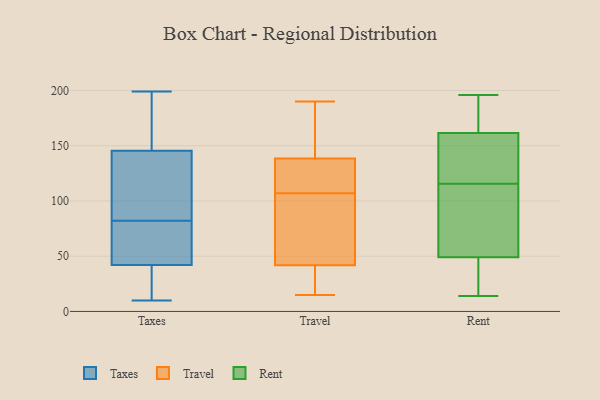
{"axis": {"x": "Backlog", "y": "Value"}, "legend": ["Rent", "Taxes", "Travel"], "data": [{"x": "", "y": 59, "type": "Taxes"}, {"x": "", "y": 148, "type": "Taxes"}, {"x": "", "y": 12, "type": "Taxes"}, {"x": "", "y": 40, "type": "Taxes"}, {"x": "", "y": 78, "type": "Taxes"}, {"x": "", "y": 44, "type": "Taxes"}, {"x": "", "y": 177, "type": "Taxes"}, {"x": "", "y": 143, "type": "Taxes"}, {"x": "", "y": 35, "type": "Taxes"}, {"x": "", "y": 34, "type": "Taxes"}, {"x": "", "y": 54, "type": "Taxes"}, {"x": "", "y": 93, "type": "Taxes"}, {"x": "", "y": 199, "type": "Taxes"}, {"x": "", "y": 86, "type": "Taxes"}, {"x": "", "y": 10, "type": "Taxes"}, {"x": "", "y": 75, "type": "Taxes"}, {"x": "", "y": 139, "type": "Taxes"}, {"x": "", "y": 166, "type": "Taxes"}, {"x": "", "y": 128, "type": "Taxes"}, {"x": "", "y": 161, "type": "Taxes"}, {"x": "", "y": 143, "type": "Travel"}, {"x": "", "y": 180, "type": "Travel"}, {"x": "", "y": 35, "type": "Travel"}, {"x": "", "y": 44, "type": "Travel"}, {"x": "", "y": 107, "type": "Travel"}, {"x": "", "y": 32, "type": "Travel"}, {"x": "", "y": 67, "type": "Travel"}, {"x": "", "y": 163, "type": "Travel"}, {"x": "", "y": 108, "type": "Travel"}, {"x": "", "y": 190, "type": "Travel"}, {"x": "", "y": 119, "type": "Travel"}, {"x": "", "y": 44, "type": "Travel"}, {"x": "", "y": 15, "type": "Travel"}, {"x": "", "y": 31, "type": "Travel"}, {"x": "", "y": 69, "type": "Travel"}, {"x": "", "y": 114, "type": "Travel"}, {"x": "", "y": 137, "type": "Travel"}, {"x": "", "y": 38, "type": "Rent"}, {"x": "", "y": 25, "type": "Rent"}, {"x": "", "y": 14, "type": "Rent"}, {"x": "", "y": 113, "type": "Rent"}, {"x": "", "y": 144, "type": "Rent"}, {"x": "", "y": 75, "type": "Rent"}, {"x": "", "y": 188, "type": "Rent"}, {"x": "", "y": 47, "type": "Rent"}, {"x": "", "y": 170, "type": "Rent"}, {"x": "", "y": 33, "type": "Rent"}, {"x": "", "y": 196, "type": "Rent"}, {"x": "", "y": 51, "type": "Rent"}, {"x": "", "y": 124, "type": "Rent"}, {"x": "", "y": 62, "type": "Rent"}, {"x": "", "y": 118, "type": "Rent"}, {"x": "", "y": 120, "type": "Rent"}, {"x": "", "y": 153, "type": "Rent"}, {"x": "", "y": 193, "type": "Rent"}, {"x": "", "y": 97, "type": "Rent"}, {"x": "", "y": 190, "type": "Rent"}]}